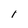
Character: 1